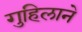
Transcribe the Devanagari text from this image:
गुहिलाने